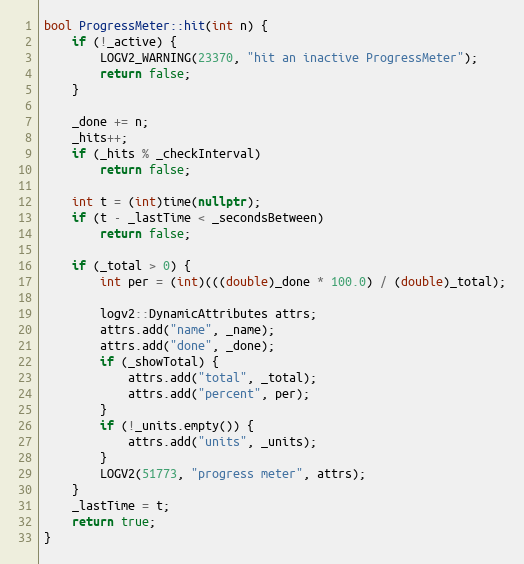
Language: C++
bool ProgressMeter::hit(int n) {
    if (!_active) {
        LOGV2_WARNING(23370, "hit an inactive ProgressMeter");
        return false;
    }

    _done += n;
    _hits++;
    if (_hits % _checkInterval)
        return false;

    int t = (int)time(nullptr);
    if (t - _lastTime < _secondsBetween)
        return false;

    if (_total > 0) {
        int per = (int)(((double)_done * 100.0) / (double)_total);

        logv2::DynamicAttributes attrs;
        attrs.add("name", _name);
        attrs.add("done", _done);
        if (_showTotal) {
            attrs.add("total", _total);
            attrs.add("percent", per);
        }
        if (!_units.empty()) {
            attrs.add("units", _units);
        }
        LOGV2(51773, "progress meter", attrs);
    }
    _lastTime = t;
    return true;
}